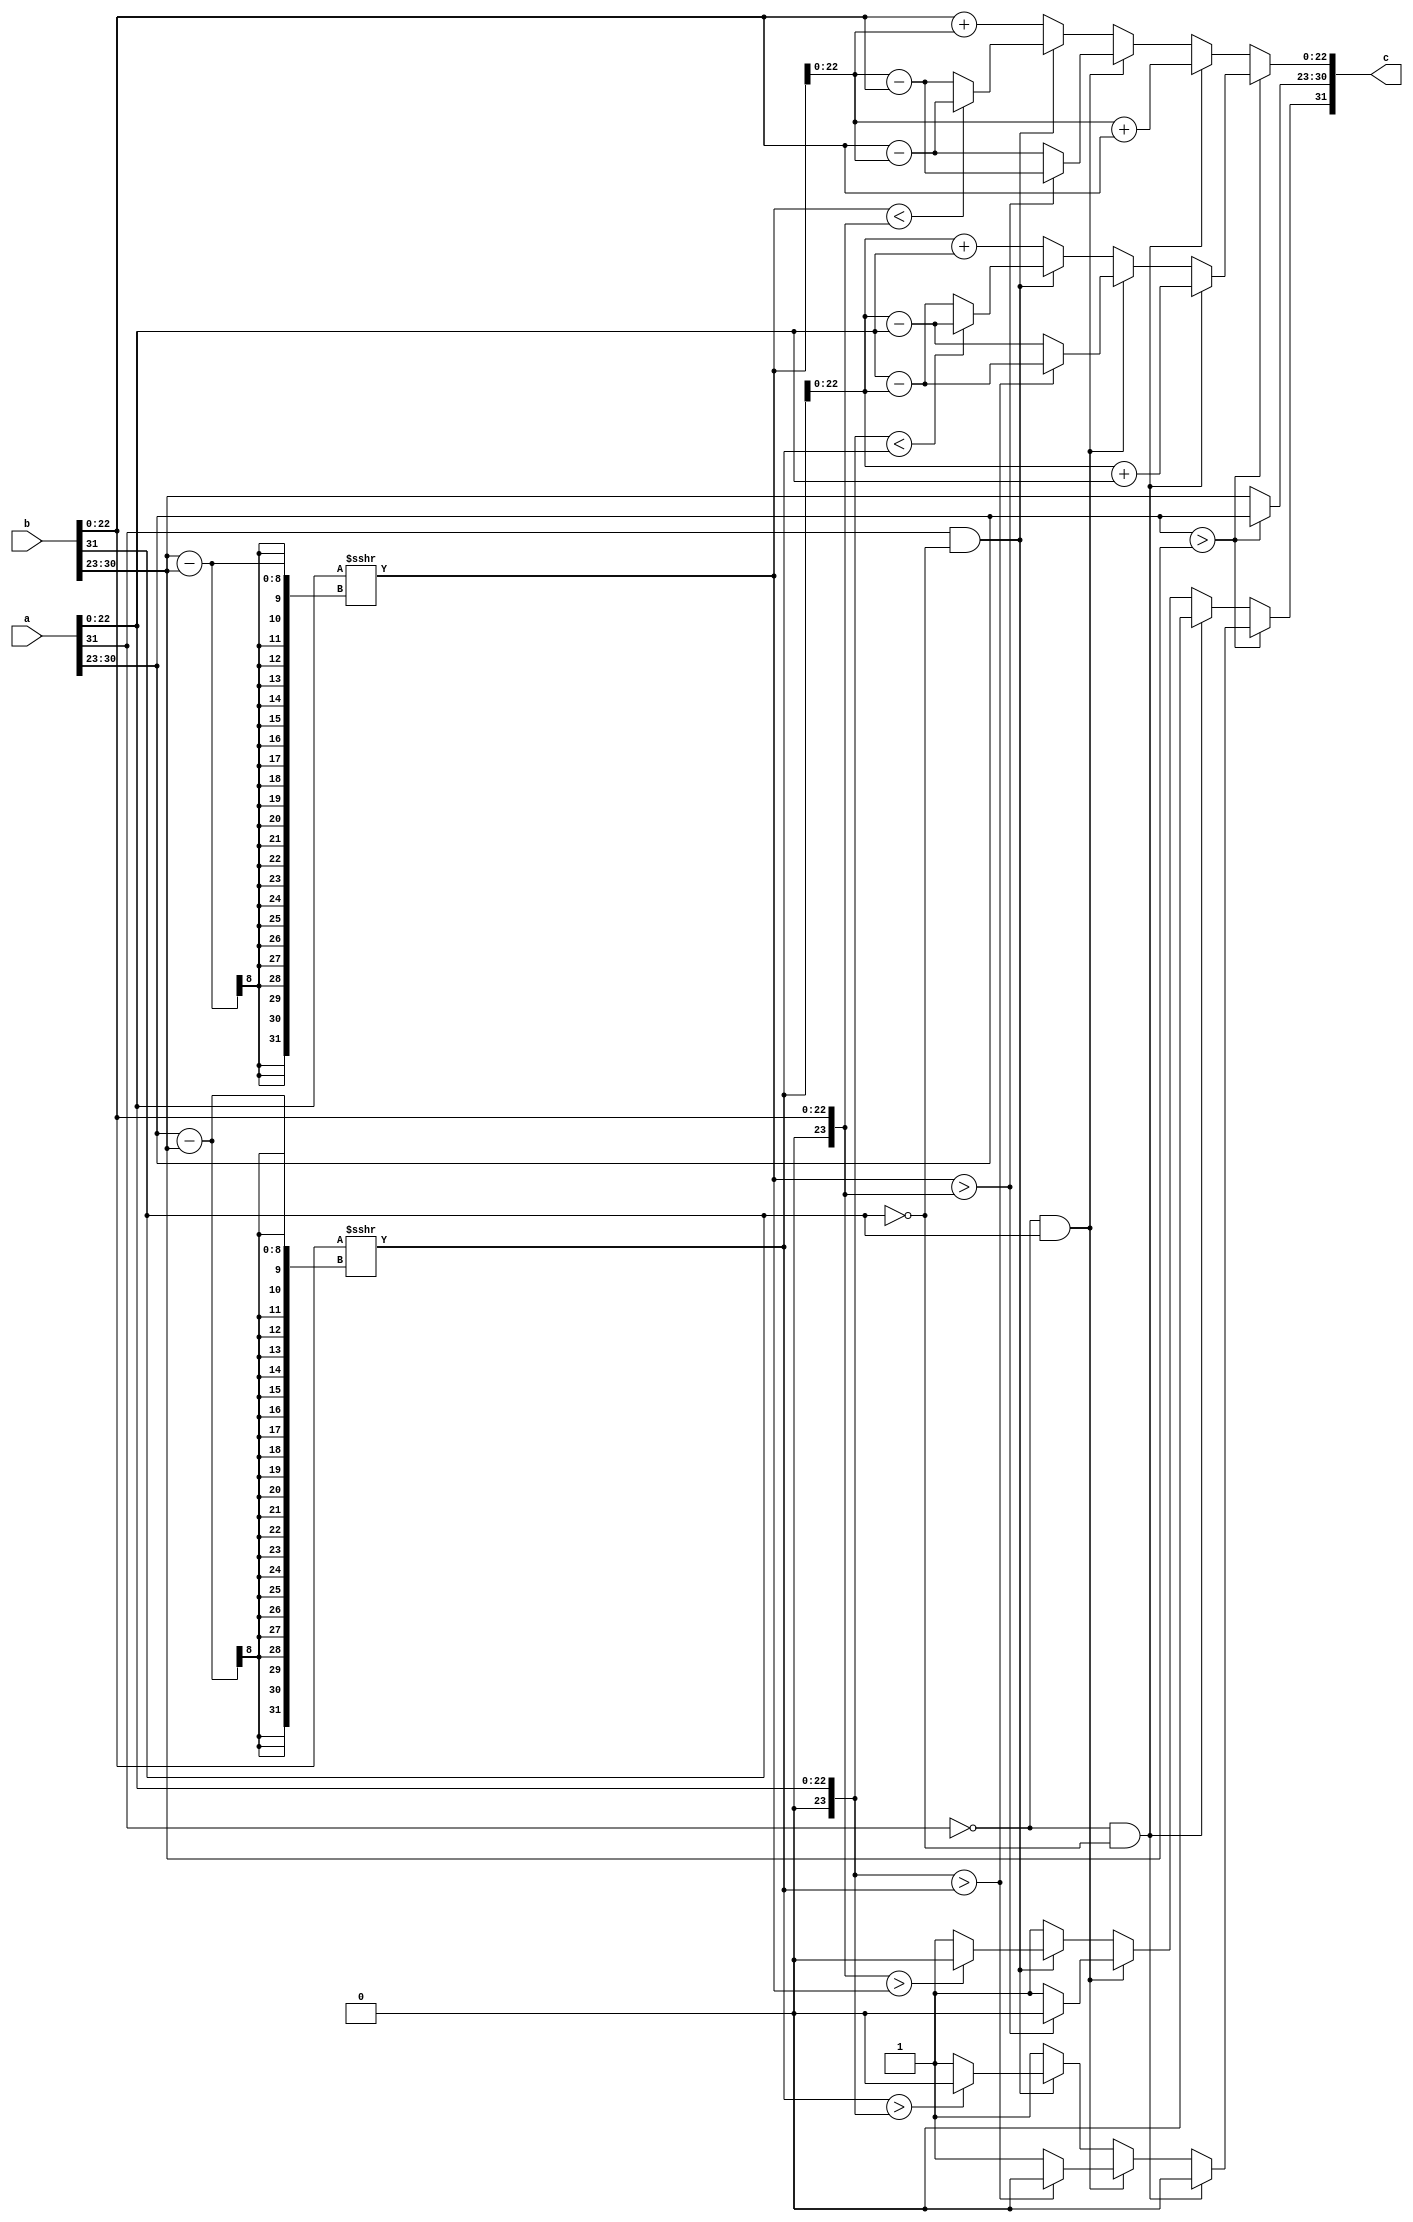
`timescale 1ns/1ps
//+
module adder(
    input [31:0]a,
    input [31:0]b,
    output [31:0]c
);
    assign c = add(a, b);
    integer i, a_, b_;
    function [31:0]add(input [31:0]a, input [31:0]b);
    /*begin
        if($signed(a[30:23])>=$signed(b[30:23]))begin
            //b[22:0] >>> ($signed(a) - $signed(b));
            //integer i;
            i = ($signed(a) - $signed(b));
            add[30:23] = a[30:23];
            if(a[31] == 0 && b[31] == 0) begin
                add[22:0] = $unsigned(a[22:0]) + $unsigned(b[22:0]>>>i);
                add[31] = 0;
            end
            else if(a[31] == 1 && b[31] == 0) begin
                add[22:0] = ($unsigned(b[22:0]>>>i)>$unsigned(a[22:0])) ? (b[22:0]>>>i)-a[22:0]:a[22:0]-(b[22:0]>>>i);
                add[31] = ($unsigned(b)>$unsigned(a)) ? 0:1;
            end
            else if(a[31] == 0 && b[31] == 1) begin
                add[22:0] = ($unsigned(a[22:0])>$unsigned(b[22:0]>>>i)) ? a[22:0]-(b[22:0]>>>i):(b[22:0]>>>i)-a[22:0];
                add[31] = ($unsigned(a[22:0])>$unsigned(b)) ? 0:1;
            end
            else begin
            add[22:0] = $unsigned(b) + $unsigned(a);
            add[31] = 1;
            end
        end
        else begin
            //a[22:0] >>> ($signed(b) - $signed(a));
            add[30:23] = b[30:23];

            if(a[31] == 0 && b[31] == 0) begin
                add[22:0] = $unsigned(a) + $unsigned(b);
                add[31] = 0;
            end
            else if(a[31] == 1 && b[31] == 0) begin
                add[22:0] = ($unsigned(b)>$unsigned(a)) ? b-a:a-b;
                add[31] = ($unsigned(b)>$unsigned(a)) ? 0:1;
            end
            else if(a[31] == 0 && b[31] == 1) begin
                add[22:0] = ($unsigned(a)>$unsigned(b)) ? a-b:b-a;
                add[31] = ($unsigned(a)>$unsigned(b)) ? 0:1;
            end
            else begin
            add[22:0] = $unsigned(b) + $unsigned(a);
            add[31] = 1;
            end
        end
    end*/
    begin
        if($signed(a[30:23])>$signed(b[30:23])) 
        begin
            i = ($signed(a[30:23])-$signed(b[30:23]));
            b_ = b[22:0] >>> i;
            a_ = a[22:0];
            add[30:23] = a[30:23];
            if(a[31]==0&&b[31]==0) begin
                add[22:0] = b_ + a[22:0];
                add[31] = 0;
            end
            else if(a[31]==0&&b[31]==1) begin
                add[22:0] = (a_>b_) ? a_ - b_ :b_ - a_;
                add[31] = (a_>b_)?0:1;
            end
            else if(a[31]==1&&b[31]==0) begin
                add[22:0] = (a_<b_) ? b_ - a_ :a_ - b_;
                add[31] = (b_>a_)?0:1;
            end
            else begin
                add[22:0] = b_ + a_;
                add[31] = 1;
            end
        end
        else begin
            i = ($signed(b[30:23])-$signed(b[30:23]));
            a_ = a[22:0] >>> i;
            b_ = b[22:0];
            add[30:23] = b[30:23];
            if(a[31]==0&&b[31]==0) begin
                add[22:0] = a_ + b[22:0];
                add[31] = 0;
            end
            else if(a[31]==0&&b[31]==1) begin
                add[22:0] = (a_>b_) ? a_ - b_ :b_ - a_;
                add[31] = (a_>b_)?0:1;
            end
            else if(a[31]==1&&b[31]==0) begin
                add[22:0] = (a_<b_) ? b_ - a_ :a_ - b_;
                add[31] = (b_>a_)?0:1;
            end
            else begin
                add[22:0] = b_ + a_;
                add[31] = 1;
            end
        end

    end
    endfunction

endmodule